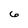
Character: 6